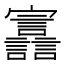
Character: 𫴪